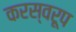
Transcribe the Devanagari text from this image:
करस्वरूप